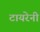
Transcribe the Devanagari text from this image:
टायरेनी